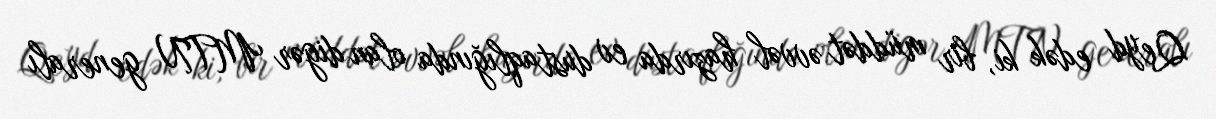
Qeyd edək ki, bir müddət əvvəl hazırda ev dustaqlığında olan digər MTN generalı